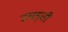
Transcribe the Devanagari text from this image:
उघड़ती